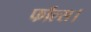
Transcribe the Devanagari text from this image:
फॉल्स।